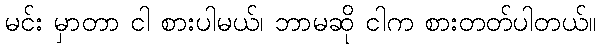
မင်း မှာတာ ငါ စားပါမယ်၊ ဘာမဆို ငါက စားတတ်ပါတယ်။